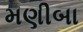
મણીબા